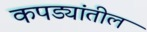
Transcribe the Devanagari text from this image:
कपड्यांतील